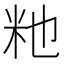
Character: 𫂴